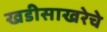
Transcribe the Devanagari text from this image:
खडीसाखरेचे